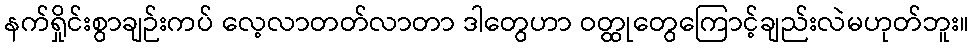
နက်ရှိုင်းစွာချဉ်းကပ် လေ့လာတတ်လာတာ ဒါတွေဟာ ဝတ္ထုတွေကြောင့်ချည်းလဲမဟုတ်ဘူး။